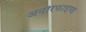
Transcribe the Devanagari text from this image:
अनरिफाइण्ड